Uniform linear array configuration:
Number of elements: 48
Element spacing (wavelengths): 0.75
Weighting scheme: cosine
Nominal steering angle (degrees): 15
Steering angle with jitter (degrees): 14.805
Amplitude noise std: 0.05
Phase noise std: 0.05

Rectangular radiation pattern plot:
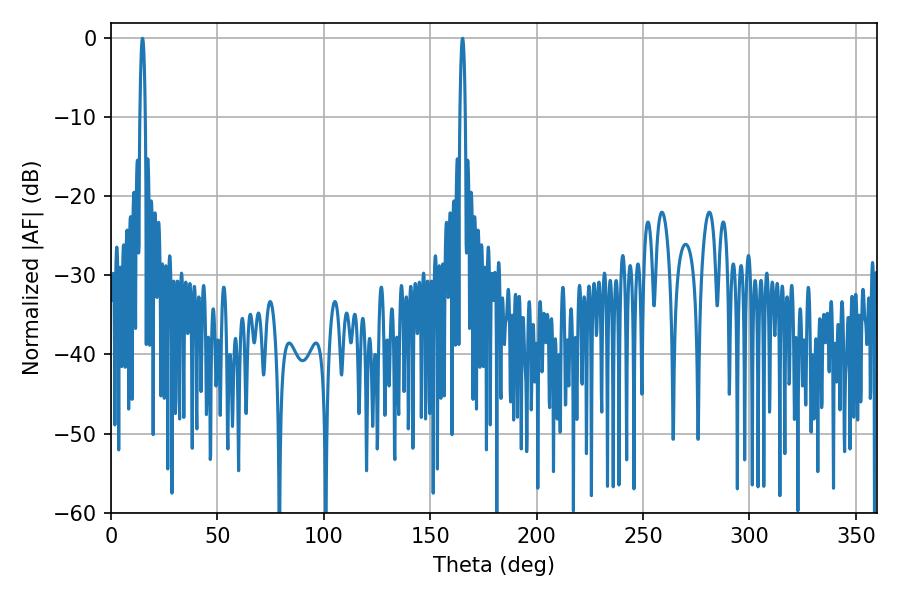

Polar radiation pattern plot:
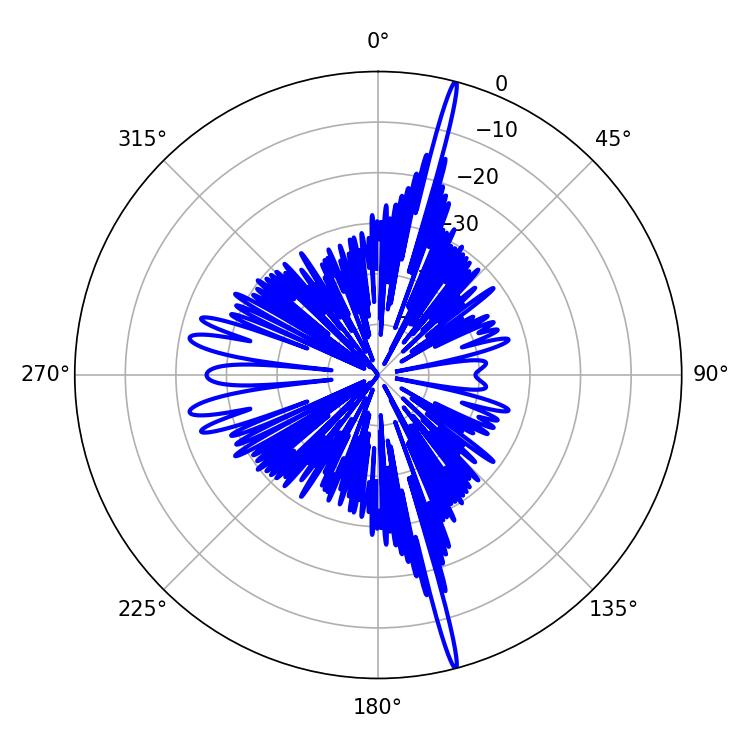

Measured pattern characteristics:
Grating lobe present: TRUE
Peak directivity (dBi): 21.9
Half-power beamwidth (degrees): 1.26
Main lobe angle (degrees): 165.24